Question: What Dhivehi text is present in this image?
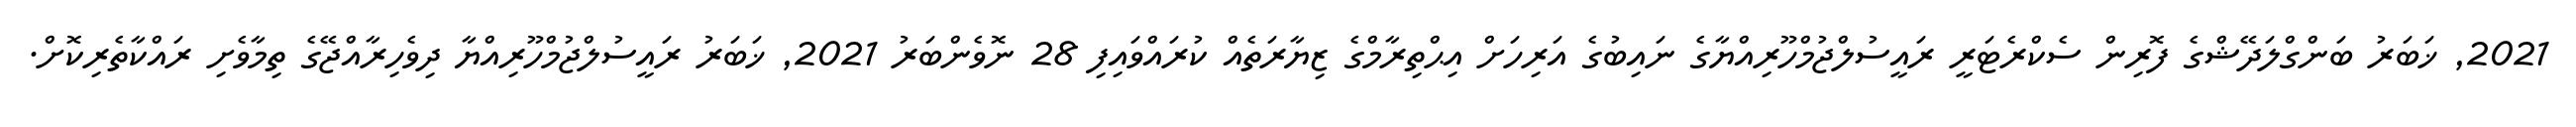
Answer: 2021, ޚަބަރު ބަންގްލަދޭޝްގެ ފޮރިން ސެކްރެޓަރީ ރައީސުލްޖުމްހޫރިއްޔާގެ ނައިބުގެ އަރިހަށް އިޙްތިރާމްގެ ޒިޔާރަތެއް ކުރައްވައިފި 28 ނޮވެންބަރު 2021, ޚަބަރު ރައީސުލްޖުމްހޫރިއްޔާ ދިވެހިރާއްޖޭގެ ތިމާވެށި ރައްކާތެރިކޮށް.